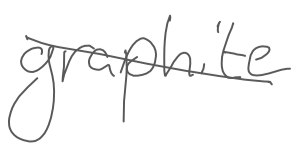
Text: graphite
Cross-out: diagonal
Writing tool: digital_gray